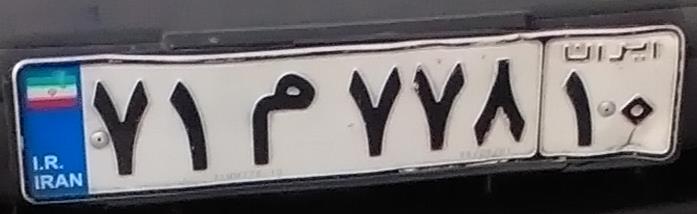
۷۱م۷۷۸۱۰